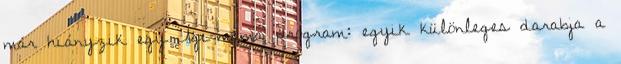
már hiányzik egy Ági-mama program: egyik különleges darabja a